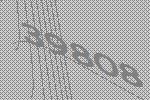
39808